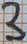
Text: 3